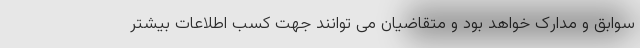
سوابق و مدارک خواهد بود و متقاضیان می توانند جهت کسب اطلاعات بیشتر